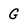
Character: G